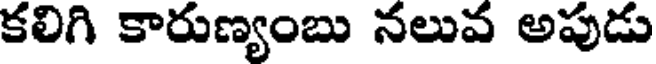
కలిగి కారుణ్యంబు నలువ అపుడు